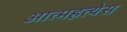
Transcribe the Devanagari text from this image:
आत्महत्येस